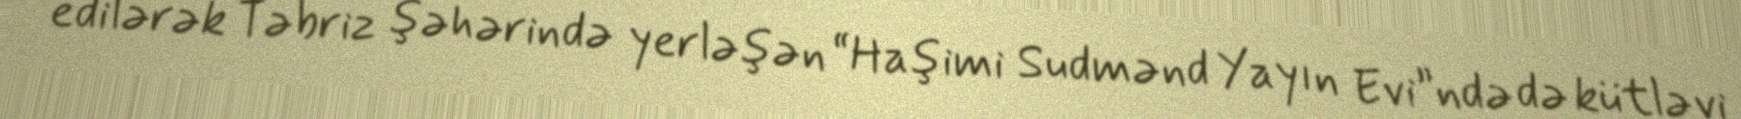
edilərək Təbriz şəhərində yerləşən “Haşimi Sudmənd Yayın Evi”ndə də kütləvi